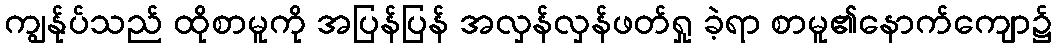
ကျွန်ုပ်သည် ထိုစာမူကို အပြန်ပြန် အလှန်လှန်ဖတ်ရှု ခဲ့ရာ စာမူ၏နောက်ကျော၌